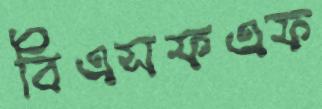
বিএসফএফ